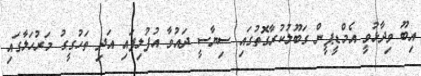
އިބޫ ވިދާޅުވީ އެމްޑީޕީން ގަބޫލުކުރާގޮތުގައި ސިޔާސީ ދައުވާ އުފުލިފައި އަދި ތަހުގީގު މަރުހަލާގައި